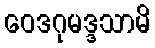
ဝေဒဂုမဒ္ဒသာမိ